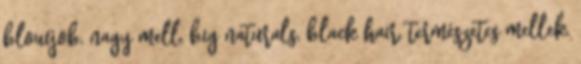
blowjob, nagy mell, big naturals, black hair, természetes mellek,